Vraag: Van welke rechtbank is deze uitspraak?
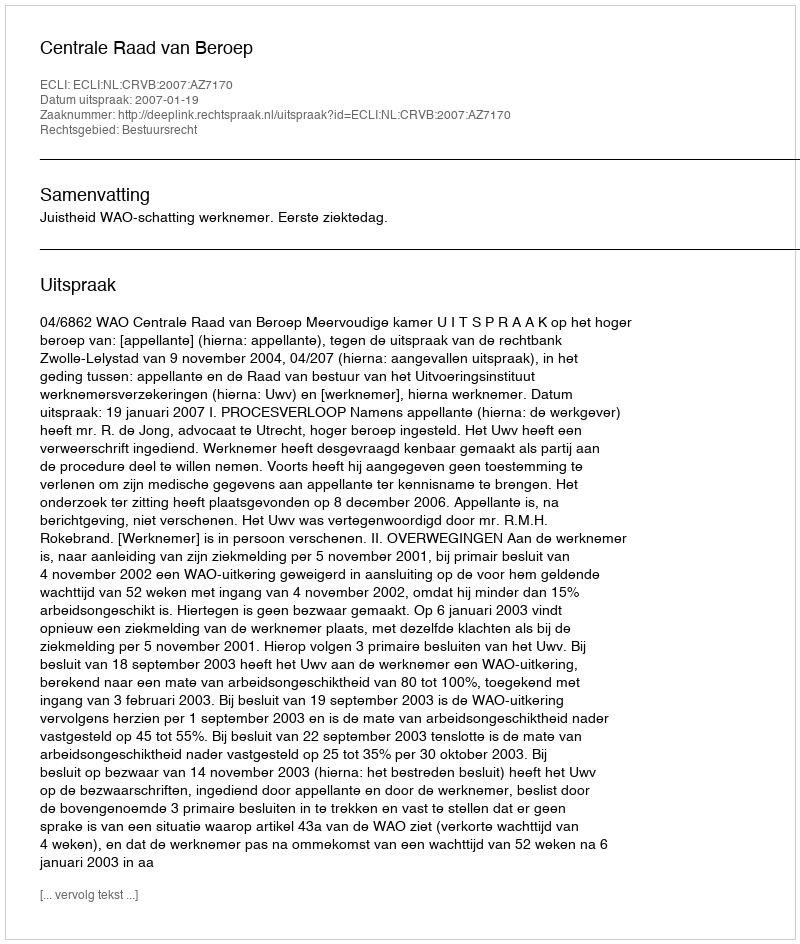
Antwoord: Centrale Raad van Beroep